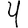
Digit: 4